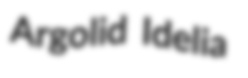
Argolid Idelia